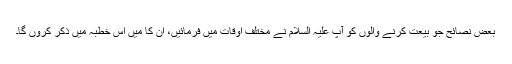
بعض نصائح جو بیعت کرنے والوں کو آپ علیہ السلام نے مختلف اوقات میں فرمائیں، اُن کا مَیں اس خطبہ میں ذکر کروں گا۔